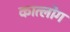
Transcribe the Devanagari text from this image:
कात्लोग